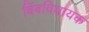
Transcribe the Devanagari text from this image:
बिंबविधायक